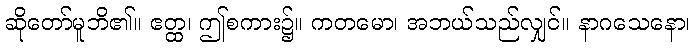
ဆိုတော်မူဘိ၏။ ဧတ္ထ၊ ဤစကား၌။ ကတမော၊ အဘယ်သည်လျှင်။ နာဂသေနော၊